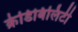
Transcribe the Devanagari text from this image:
क्रेडिबिलिटी